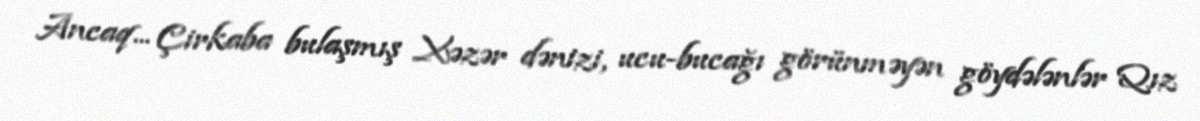
Ancaq... Çirkaba bulaşmış Xəzər dənizi, ucu-bucağı görünməyən göydələnlər Qız